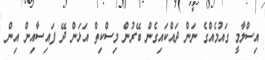
އިސްލާމީ ގައުމެއްގެ ނަން ދައްކައިގެން ބޭރުން މިސްކިތް އަޅަން ދޭ ފައިސާއިން އިން